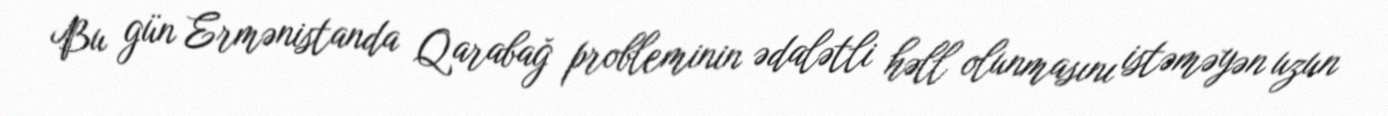
Bu gün Ermənistanda Qarabağ probleminin ədalətli həll olunmasını istəməyən uzun